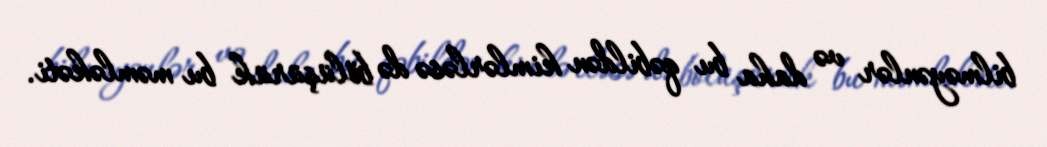
bilməyənlər və daha bu qəbildən kimlərləsə də bölüşürük bu məmləkəti.